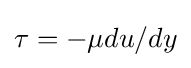
\tau =-\mu du/dy